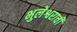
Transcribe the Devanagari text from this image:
भुलेश्वराची